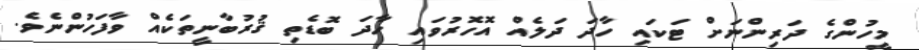
މީހުންގެ ދަރިންނަށް ޓަކައި ހާދަ ދަލެއް އޮހޮރުވައި ހާދަ ބޮޑެތި ޤުރުބާނީތަކެއްް ވާފަހުންނެވެ.